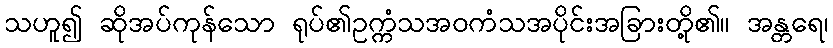
သဟူ၍ ဆိုအပ်ကုန်သော ရုပ်၏ဥက္ကံသအဝကံသအပိုင်းအခြားတို့၏။ အန္တရေ၊